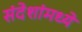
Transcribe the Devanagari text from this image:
संदेशांमध्ये